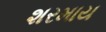
શરમાય